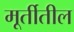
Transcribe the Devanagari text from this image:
मूर्तीतील